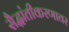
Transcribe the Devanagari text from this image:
सैद्धांतीकरणावर